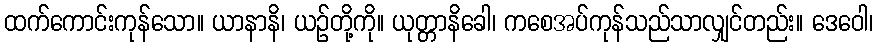
ထက်ကောင်းကုန်သော။ ယာနာနိ၊ ယဉ်တို့ကို။ ယုတ္တာနိခေါ၊ ကစေအပ်ကုန်သည်သာလျှင်တည်း။ ဒေဝေါ၊